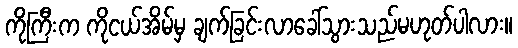
ကိုကြီးက ကိုငယ်အိမ်မှ ချက်ခြင်းလာခေါ်သွားသည်မဟုတ်ပါလား။